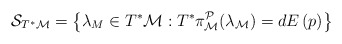
\begin{align*}\mathcal{S}_{T^{\ast }\mathcal{M}}=\left\{ \lambda _{M}\in T^{\ast }\mathcal{M}:T^{\ast }\pi _{\mathcal{M}}^{\mathcal{P}}(\lambda _{\mathcal{M}})=dE\left( p\right) \right\} \end{align*}